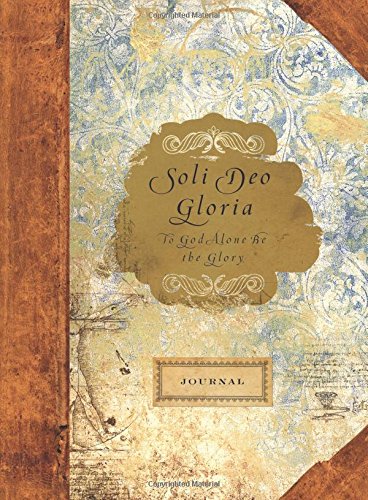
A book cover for To God Alone Be the Glory: Soli Deo Gloria; Ellie Claire; Self-Help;